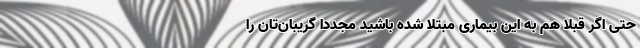
حتی اگر قبلاً هم به این بیماری مبتلا شده باشید مجدداً گریبان‌تان را